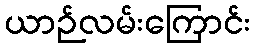
ယာဉ်လမ်းကြောင်း